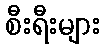
စီးရီးများ